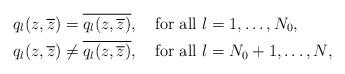
LaTeX: \begin{align*}&q_{l}(z,\overline{z})=\overline{q_{l}(z,\overline{z})},\quad\mbox{for all $l=1,\dots,N_{0}$,}\\&q_{l}(z,\overline{z})\neq \overline{q_{l}(z,\overline{z})},\quad\mbox{for all $l=N_{0}+1,\dots,N$,}\end{align*}